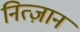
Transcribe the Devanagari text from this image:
नित्ज़ान